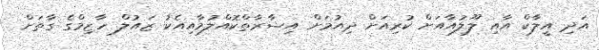
އަދި އީލާކް އާއި ލޫލުއާއަށް ކުރިއަށް ދިއުމަށް އިޝާރާތްކޮއްލުމާއިއެކު ޒައުލް ހާޒިމްގެ ގާތަށް